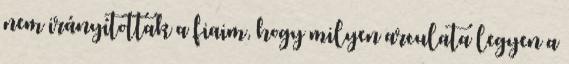
nem irányítottak a fiaim, hogy milyen arculata legyen a